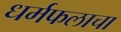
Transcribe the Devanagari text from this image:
धर्मफलाचा